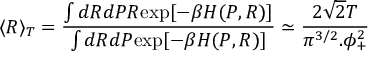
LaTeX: \langle R \rangle _ { T } = \frac { \int d R d P R \mathrm { e x p } [ - \beta H ( P , R ) ] } { \int d R d P \mathrm { e x p } [ - \beta H ( P , R ) ] } \simeq \frac { 2 { \sqrt { 2 } } T } { \pi ^ { 3 / 2 } . \phi _ { + } ^ { 2 } }